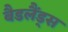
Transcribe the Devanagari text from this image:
बैडलैंड्स